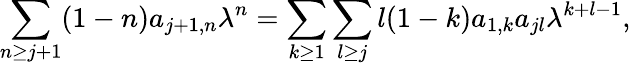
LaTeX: \sum_{n\geq j+1}(1-n)a_{j+1,n}\lambda^{n}=\sum_{k\geq 1}\sum_{l\geq j}l(1-k)a_{1,k}a_{jl}\lambda^{k+l-1},